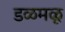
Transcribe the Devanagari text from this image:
डळमळू